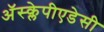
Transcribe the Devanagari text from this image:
अॅस्क्लेपीएडेसी